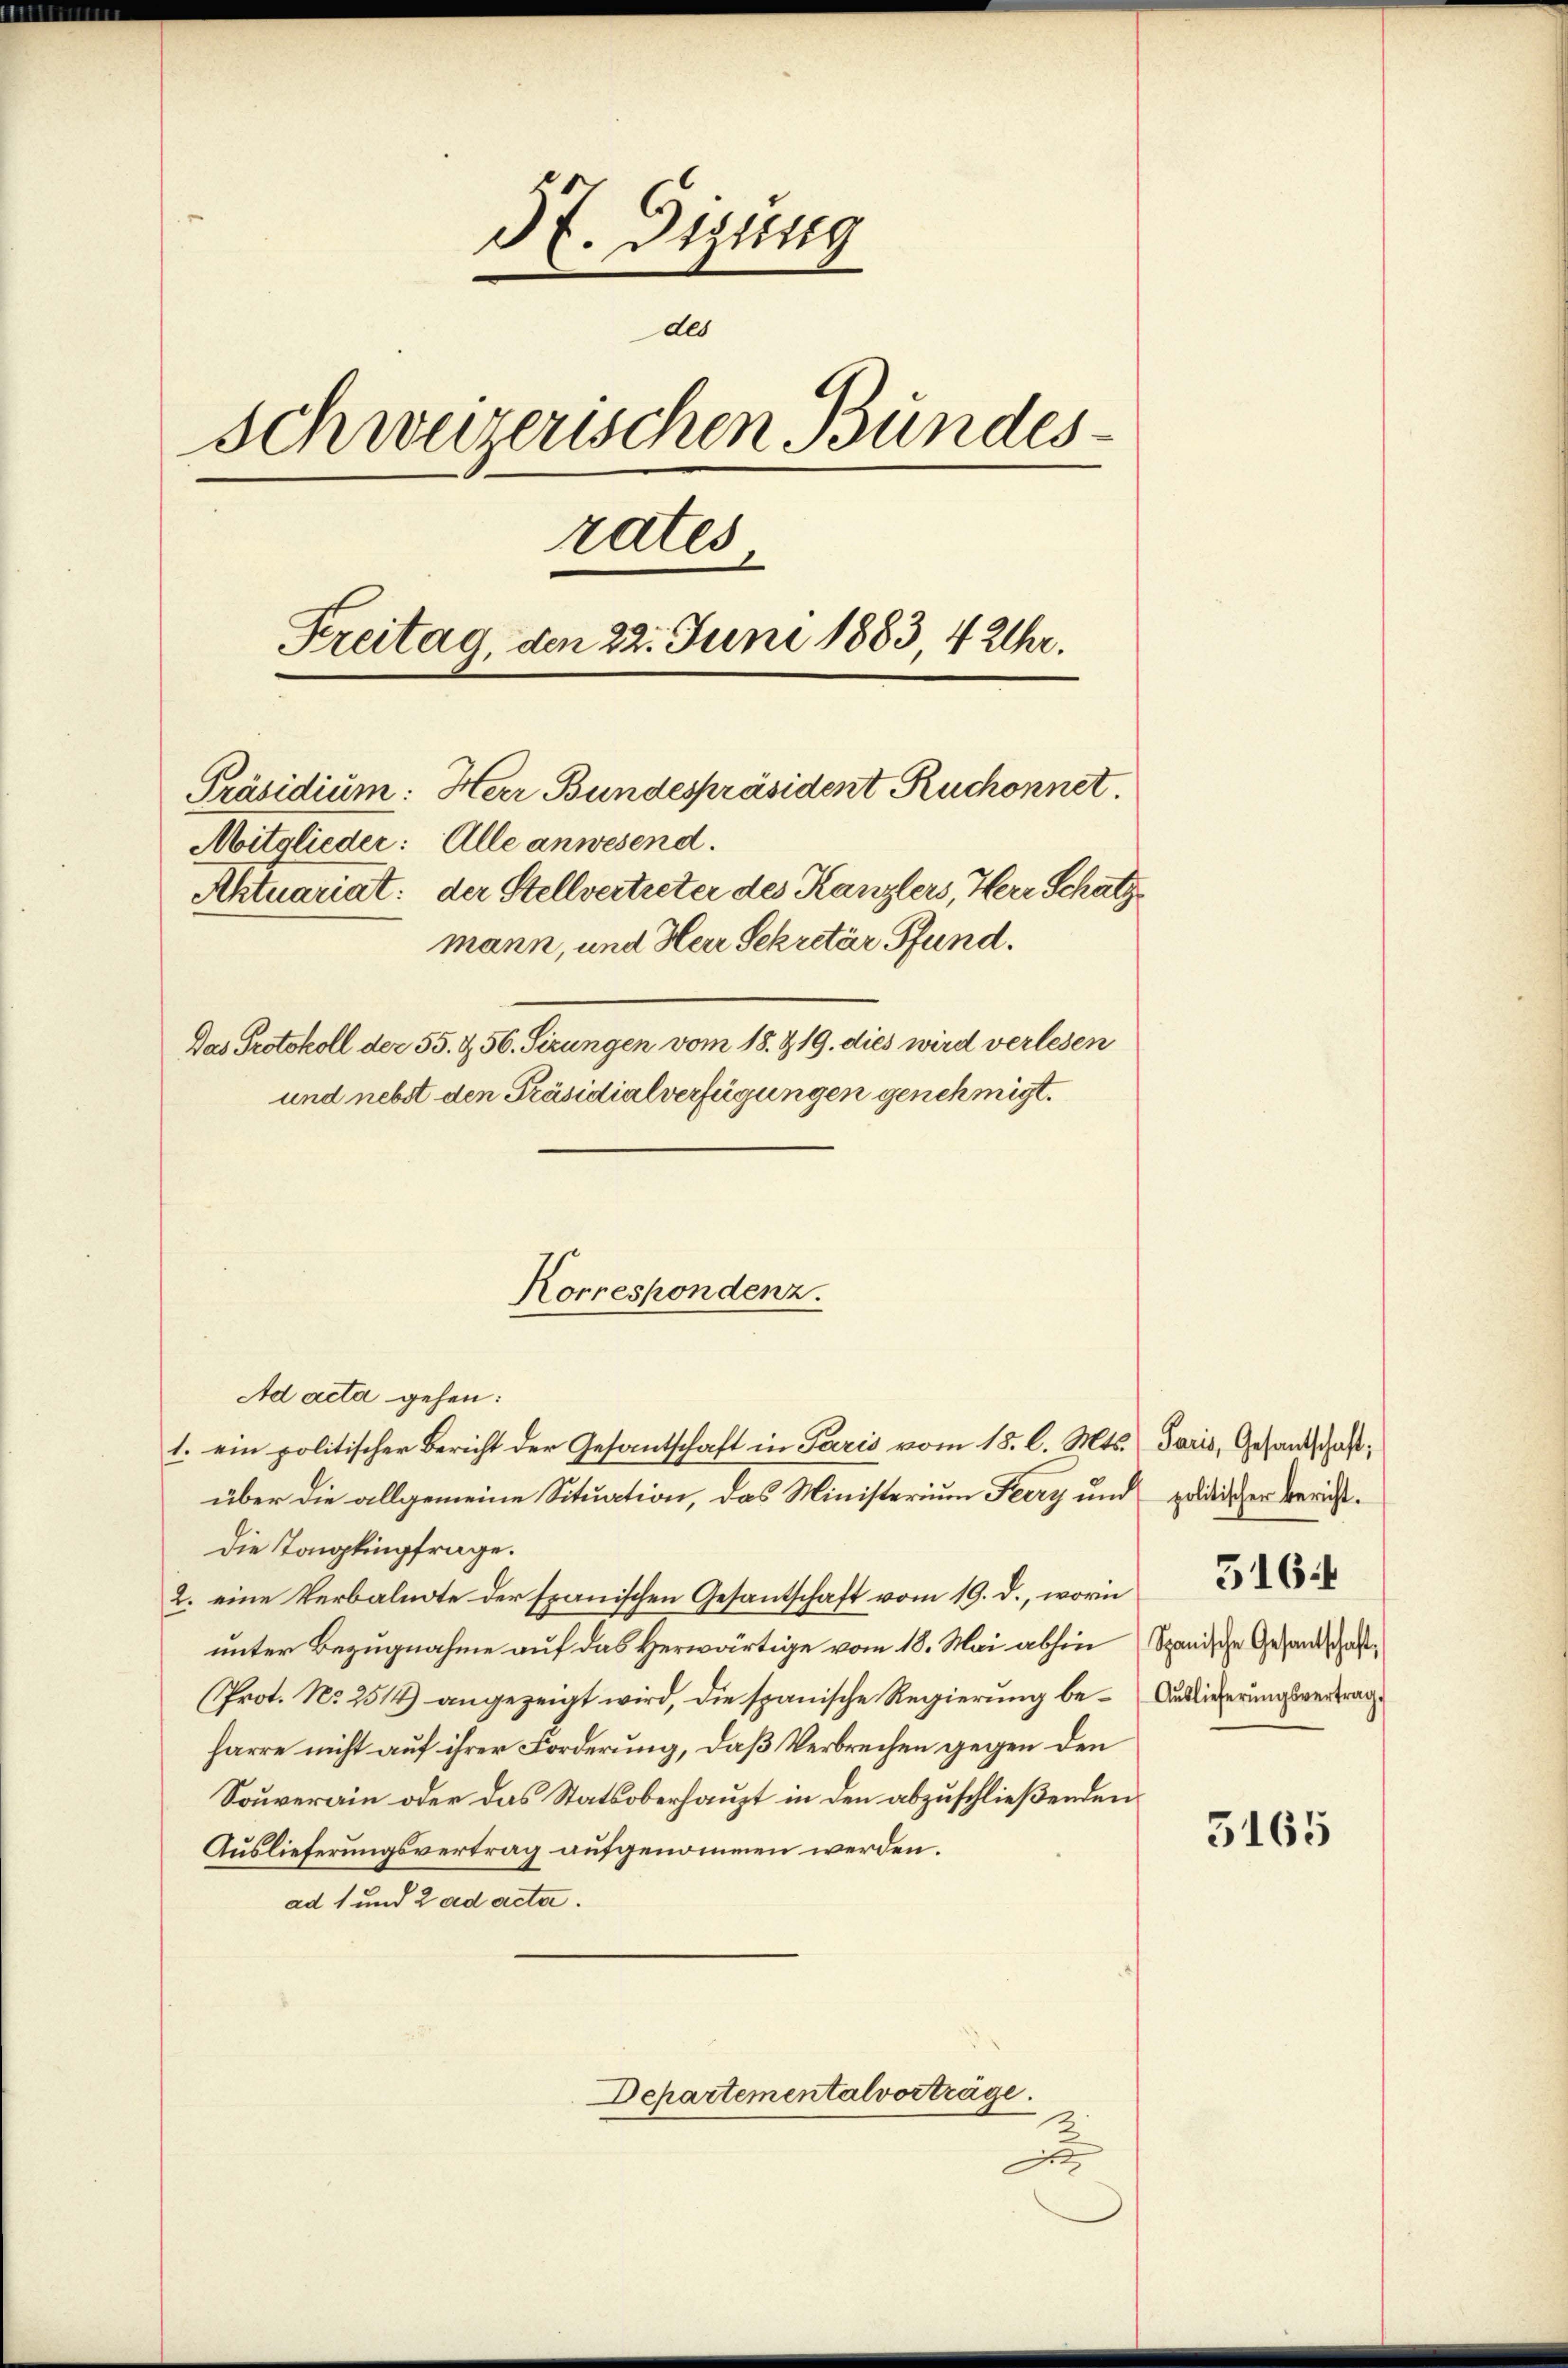
37. Dizung
des
Schweizerischen Bundesrates
Freitag, den 22. Juni 1883, 4 Uhr.
Präsidium: Herr Bundespräsident Ruchonnet.
Mitglieder: Alle anwesend.
Aktuariat: der Stellvertreter des Kanzlers, Herr Schätzmann, und Herr Sekretär Pfund.
Das Protokoll der 55. & 56. Sizungen vom 18. & 19. dies wird verlesen
und nebst den Präsidialverfügungen genehmigt.

Korrespondenz.

Ad acta gehen:
1. ein politischer Bericht der Gesantschaft in Paris vom 15. l. Mts. Paris, Gesandschaft,
über die allgemeine Situation, das Ministerium Feery und politischer Bericht¬
Die Tongkingfrage.
2. eine Verbalnote der Exanischen Gesantschaft vom 19. d., worin
unter Bezugnahme auf das Herwärtige vom 18. Mai abhin Spanische Gesandschaft¬
(Prot. No 2514) angezeigt wird, die spanische Regierung be- Auslieferungsvertrag
harre nicht auf ihrer Forderung, daß Verbrechen gegen den
Souverain oder das Statsoberhaupt in den abzuschließenden
Auslieferungsvertrag aufgenommen werden.
ad 1 und 2 ad acta.
Departementalvorträge.

516.

5165